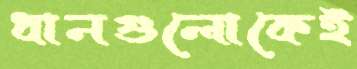
ধানগুলোকেই